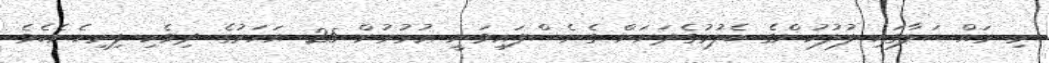
މި މައްސަލާގައި ފުލުހުންގެ ބެލުމުގެދަށަށް ގެނެސްފައިވަނީ ޢުމުރުން 25 އަހަރުގެ ދިވެހި ފިރިހެނެކެވެ.